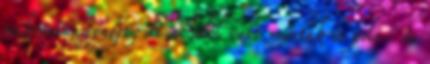
mikroműanyagot, de a hóból vett minták is poli- és